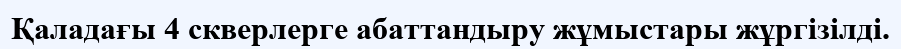
Қаладағы 4 скверлерге абаттандыру жұмыстары жұргізілді.